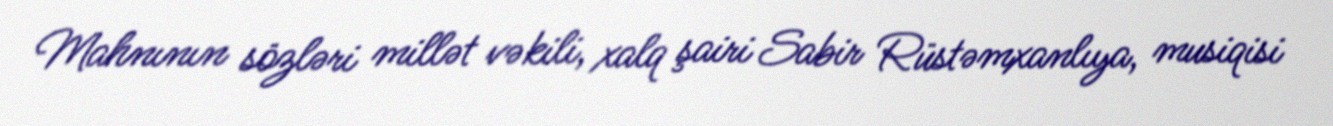
Mahnının sözləri millət vəkili, xalq şairi Sabir Rüstəmxanlıya, musiqisi